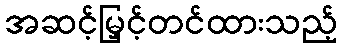
အဆင့်မြှင့်တင်ထားသည့်